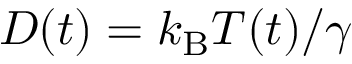
D ( t ) = k _ { \mathrm { B } } T ( t ) / \gamma